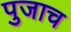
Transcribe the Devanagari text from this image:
पुजाच